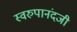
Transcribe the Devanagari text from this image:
स्वरुपानंदजी